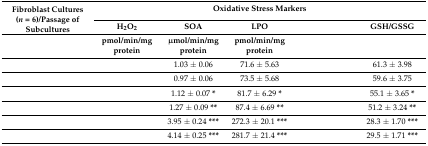
<table><thead><tr><td rowspan="3"><b>Fibroblast Cultures (<i>n</i> = 6)/Passage of Subcultures</b></td><td colspan="5"><b>Oxidative Stress Markers</b></td></tr><tr><td><b>H<sub>2</sub>O<sub>2</sub></b></td><td><b>SOA</b></td><td><b>LPO</b></td><td>[EMPTY_CELL]</td><td><b>GSH/GSSG</b></td></tr><tr><td><b>pmol/min/mg protein</b></td><td><b>μmol/min/mg protein</b></td><td><b>pmol/min/mg protein</b></td><td>[EMPTY_CELL]</td><td>[EMPTY_CELL]</td></tr></thead><tbody><tr><td>[EMPTY_CELL]</td><td>[EMPTY_CELL]</td><td>1.03 ± 0.06</td><td>71.6 ± 5.63</td><td>[EMPTY_CELL]</td><td>61.3 ± 3.98</td></tr><tr><td>[EMPTY_CELL]</td><td>[EMPTY_CELL]</td><td>0.97 ± 0.06</td><td>73.5 ± 5.68</td><td>[EMPTY_CELL]</td><td>59.6 ± 3.75</td></tr><tr><td>[EMPTY_CELL]</td><td>[EMPTY_CELL]</td><td>1.12 ± 0.07 <b>*</b></td><td>81.7 ± 6.29 <b>*</b></td><td>[EMPTY_CELL]</td><td>55.1 ± 3.65 <b>*</b></td></tr><tr><td>[EMPTY_CELL]</td><td>[EMPTY_CELL]</td><td>1.27 ± 0.09 <b>**</b></td><td>87.4 ± 6.69 <b>**</b></td><td>[EMPTY_CELL]</td><td>51.2 ± 3.24 <b>**</b></td></tr><tr><td>[EMPTY_CELL]</td><td>[EMPTY_CELL]</td><td>3.95 ± 0.24 <b>***</b></td><td>272.3 ± 20.1 <b>***</b></td><td>[EMPTY_CELL]</td><td>28.3 ± 1.70 <b>***</b></td></tr><tr><td>[EMPTY_CELL]</td><td>[EMPTY_CELL]</td><td>4.14 ± 0.25 <b>***</b></td><td>281.7 ± 21.4 <b>***</b></td><td>[EMPTY_CELL]</td><td>29.5 ± 1.71 <b>***</b></td></tr></tbody></table>